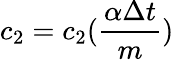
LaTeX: c_{2}=c_{2}(\frac{\alpha\Delta{t}}{m})